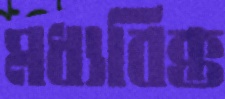
মধ্যবিক্ত